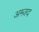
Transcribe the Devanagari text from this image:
अम्ज़द